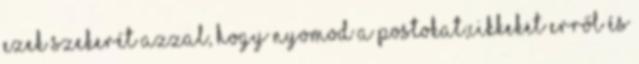
ezek szekerét azzal, hogy nyomod a postokat,cikkeket erről és